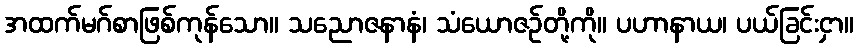
အထက်မဂ်စာဖြစ်ကုန်သော။ သညောဇနာနံ၊ သံယောဇဉ်တို့ကို။ ပဟာနာယ၊ ပယ်ခြင်းငှာ။